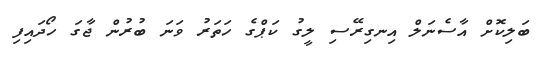
ބަލިކޮށް އާސެނަލް އިނގިރޭސި ލީގު ކަޕްގެ ހަތަރު ވަަަނަ ބުރުން ޖާގަ ހޯދައިފި